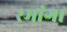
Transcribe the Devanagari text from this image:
रमांगा